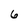
Character: 6